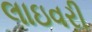
લાઇવરી